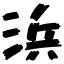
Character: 浜